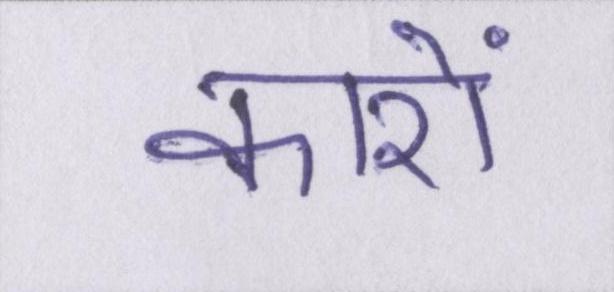
कारों